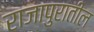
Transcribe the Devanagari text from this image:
राजापुरातील